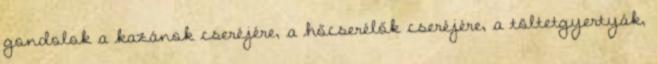
gondolok a kazánok cseréjére, a hőcserélők cseréjére, a töltetgyertyák,